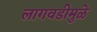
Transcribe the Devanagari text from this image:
लागवडीमुळे